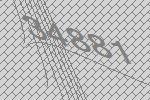
34881